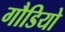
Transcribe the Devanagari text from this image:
गौडियो